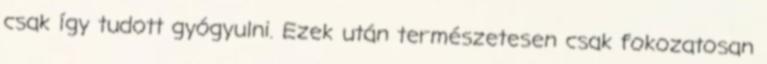
csak így tudott gyógyulni. Ezek után természetesen csak fokozatosan